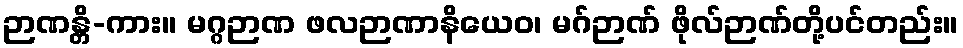
ဉာဏန္တိ-ကား။ မဂ္ဂဉာဏ ဖလဉာဏာနိယေဝ၊ မဂ်ဉာဏ် ဖိုလ်ဉာဏ်တို့ပင်တည်း။